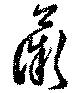
薇